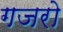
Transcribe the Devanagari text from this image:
गजरो